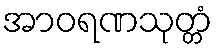
အာဝရဏသုတ္တံ